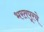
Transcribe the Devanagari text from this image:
भरतपूरचे